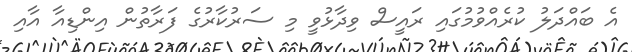
އެ ބައްދަލު ކުރެއްވުމުގައި ރައީސް ވިދާޅުވީ މި ސަރުކާރުގެ ފަރާތުން އިންޑިއާ އާއި